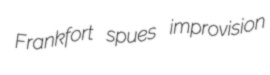
Frankfort spues improvision